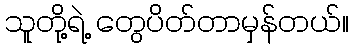
သူတို့ရဲ့ တွေပိတ်တာမှန်တယ်။